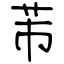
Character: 芾